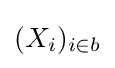
(X_{i})_{i\in b}